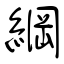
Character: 綱